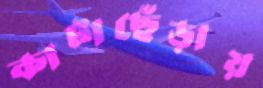
কাটাছেঁড়ায়